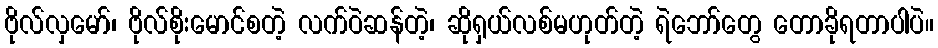
ဗိုလ်လှမော်၊ ဗိုလ်စိုးမောင်စတဲ့ လက်ဝဲဆန်တဲ့၊ ဆိုရှယ်လစ်မဟုတ်တဲ့ ရဲဘော်တွေ တောခိုရတာပါပဲ။